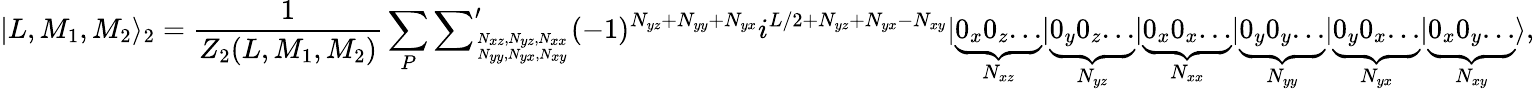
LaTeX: |L,M_{1},M_{2}\rangle_{2}=\frac{1}{Z_{2}(L,M_{1},M_{2})}\sum_{P}{\sum}_{N_{xz},N_{yz},N_{xx}\atop N_{yy},N_{yx},N_{xy}}^{\prime}(-1)^{N_{yz}+N_{yy}+N_{yx}}i^{L/2+N_{yz}+N_{yx}-N_{xy}}|\underbrace{0_{x}0_{z}...}_{N_{xz}}|\underbrace{0_{y}0_{z}...}_{N_{yz}}|\underbrace{0_{x}0_{x}...}_{N_{xx}}|\underbrace{0_{y}0_{y}...}_{N_{yy}}|\underbrace{0_{y}0_{x}...}_{N_{yx}}|\underbrace{0_{x}0_{y}...}_{N_{xy}}\rangle,